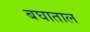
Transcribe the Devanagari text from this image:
बघाताल